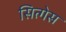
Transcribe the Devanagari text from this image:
सित्गेस